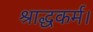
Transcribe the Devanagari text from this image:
श्राद्धकर्म।